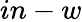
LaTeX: in-w